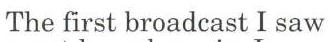
The first broadcast I saw